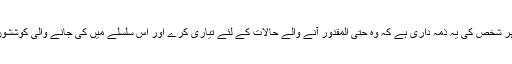
آپ نے کہا کہ ہم میں سے ہر شخص کی یہ ذمہ داری ہے کہ وہ حتی المقدور آنے والے حالات کے لئے تیاری کرے اور اس سلسلے میں کی جانے والی کوششوں میں اپنا تعاون پیش کرے۔